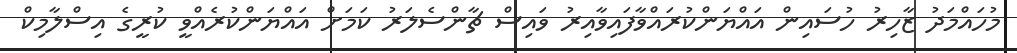
މުހައްމަދު ޒާހިރު ހުސައިން އައްޔަންކުރައްވާފައިވާއިރު ވައިސް ޗާންސެލަރު ކަމަށް އައްޔަންކުރެއްވީ ކުރީގެ އިސްލާމިކް